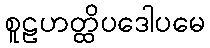
စူဠဟတ္ထိပဒေါပမေ